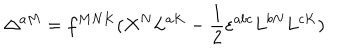
\Delta ^ { a M } = f ^ { M N K } ( X ^ { N } L ^ { a K } - \frac 1 2 \varepsilon ^ { a b c } L ^ { b N } L ^ { c K } )